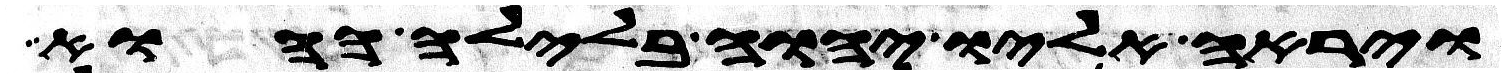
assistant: וירא אליו יהוה בלילה ההוא